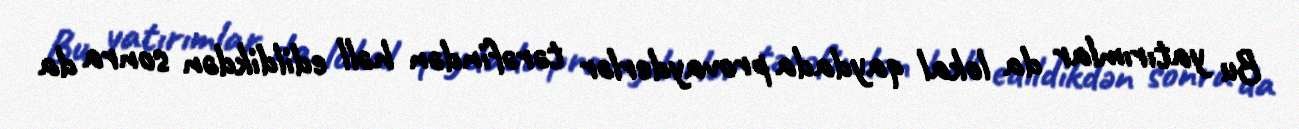
Bu yatırımlar da lokal qaydada provayderlər tərəfindən həll edildikdən sonra da